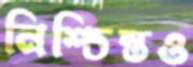
নিশ্চিন্তও